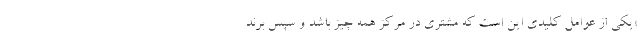
«یکی از عوامل کلیدی این است که مشتری در مرکز همه چیز باشد و سپس برند